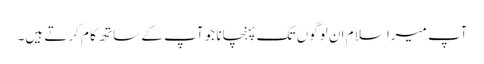
آپ میرا سلام ان لوگوں تک پہنچانا جو آپ کے ساتھ کا م کرتے ہیں۔